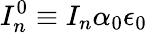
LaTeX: I_{n}^{0}\equiv I_{n}\alpha_{0}\epsilon_{0}